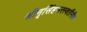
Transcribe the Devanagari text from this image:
श्रीनृसिंहसरस्वतींनीच